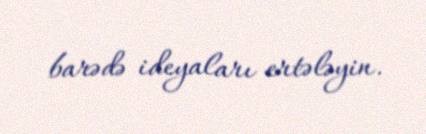
barədə ideyaları ertələyin.